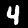
Label: 4